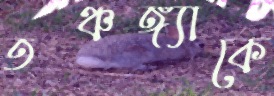
তঞ্চঙ্গ্যাকে